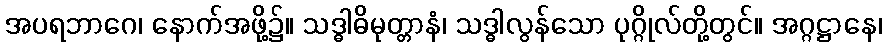
အပရဘာဂေ၊ နောက်အဖို့၌။ သဒ္ဓါဓိမုတ္တာနံ၊ သဒ္ဓါလွန်သော ပုဂ္ဂိုလ်တို့တွင်။ အဂ္ဂဋ္ဌာနေ၊